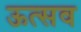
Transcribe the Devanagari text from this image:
ऊत्सव